Annual administration report of the Civil Veterinary Department of India - 1895-1896
Year: 1895
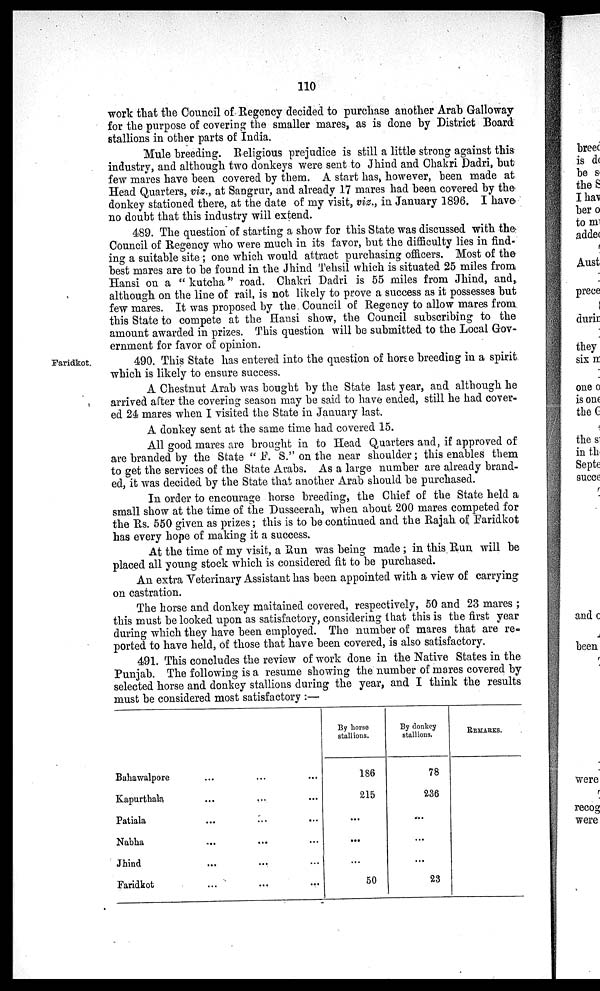
110
work that the Council of Regency decided to purchase another Arab Galloway
for the purpose of covering the smaller mares, as is done by District Board
stallions in other parts of India.
Mule breeding. Religious prejudice is still a little strong against this
industry, and although two donkeys were sent to Jhind and Chakri Dadri, but
few mares have been covered by them. A start has, however, been made at
Head Quarters, viz„ at Sangrur, and already 17 mares had been covered by the
donkey stationed there, at the date of my visit, viz., in January 1896. I have
no doubt that this industry will extend.
489. The question of starting a show for this State was discussed with the
Council of Regency who were much in its favor, but the difficulty lies in find-
ing a suitable site; one which would attract purchasing officers. Most of the
best mares are to be found in the Jhind Tehsil which is situated 25 miles from
Hansi on a "kutcha" road. Chakri Dadri is 55 miles from Jhind, and,
although on the line of rail, is not likely to prove a success as it possesses but
few mares. It was proposed by the Council of Regency to allow mares from
this State to compete at the Hansi show, the Council subscribing to the
amount awarded in prizes. This question will be submitted to the Local Gov-
ernment for favor of opinion.
Faridkot.
490. This State has entered into the question of horse breeding in a spirit
which is likely to ensure success.
A Chestnut Arab was bought by the State last year, and although he
arrived after the covering season may be said to have ended, still he had cover-
ed 24 mares when I visited the State in January last.
A donkey sent at the same time had covered 15.
All good mares are brought in to Head Quarters and, if approved of
are branded by the State " F. S." on the near shoulder; this enables them
to get the services of the State Arabs. As a large number are already brand-
ed, it was decided by the State that another Arab should be purchased.
In order to encourage horse breeding, the Chief of the State held a
small show at the time of the Dusseerah, when about 200 mares competed for
the Rs. 550 given as prizes; this is to be continued and the Rajah of Faridkot
has every hope of making it a success.
At the time of my visit, a Run was being made; in this Run will be
placed all young stock which is considered fit to be purchased.
An extra Veterinary Assistant has been appointed with a view of carrying
on castration.
The horse and donkey maitained covered, respectively, 50 and 23 mares;
this must be looked upon as satisfactory, considering that this is the first year
during which they have been employed. The number of mares that are re-
ported to have held, of those that have been covered, is also satisfactory.
491. This concludes the review of work done in the Native States in the
Punjab. The following is a resume showing the number of mares covered by
selected horse and donkey stallions during the year, and I think the results
must be considered most satisfactory :—
Bahawalpore
Kapurthala
Patiala
Nabha
Jhind
Faridkot
...
...
...
...
...
...
...
...
...
...
...
...
...
...
...
...
...
...
By horse
stallions.
186
215
...
...
...
50
By donkey
stallions.
78
236
...
...
...
23
REMARKS.